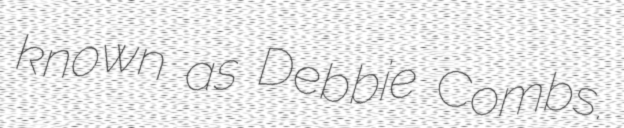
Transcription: known as Debbie Combs.